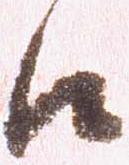
候